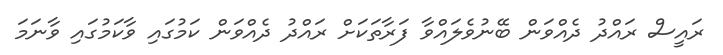
ރައީސް ރައްދު ދެއްވަން ބޭނުވެލައްވާ ފަރާތަކަށް ރައްދު ދެއްވަން ކަމުގައި ވާކަމުގައި ވާނަމަ